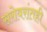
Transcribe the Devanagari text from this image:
सरोवरांतही